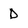
Character: D